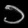
Digit: ၁